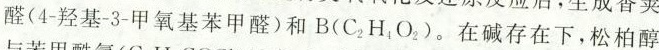
醛（4-烃基-3-甲氧基苯甲醛）和B（C_{2}H_{4}O_{2}）。在碱存在下，松柏醇